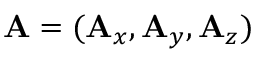
\mathbf { A } = ( \mathbf { A } _ { x } , \mathbf { A } _ { y } , \mathbf { A } _ { z } )